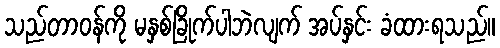
သည်တာဝန်ကို မနှစ်ခြိုက်ပါဘဲလျက် အပ်နှင်း ခံထားရသည်။